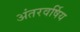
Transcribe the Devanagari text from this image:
अंतरवर्षिय